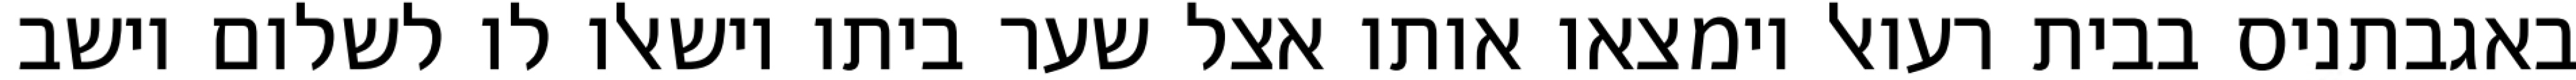
באגבתניס בבית רעואל וימצאו אותו אצל שער ביתו וישאלו לו לשלום וישב